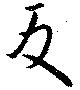
反